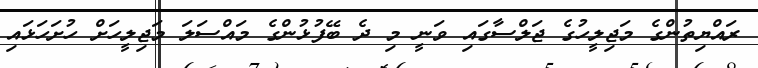
ރައްޔިތުންގެ މަޖިލީހުގެ ޖަލްސާގައި ވަނީ މި ދެ ބޭފުޅުންގެ މައްސަލަ މަޖިލީހަށް ހުށަހަޅައި